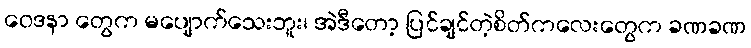
ဝေဒနာ တွေက မပျောက်သေးဘူး၊ အဲဒီတော့ ပြင်ချင်တဲ့စိတ်ကလေးတွေက ခဏခဏ